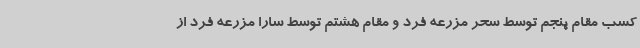
کسب مقام پنجم توسط سحر مزرعه فرد و مقام هشتم توسط سارا مزرعه فرد از